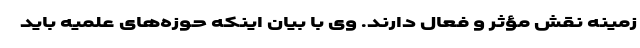
زمینه نقش مؤثر و فعال دارند. وی با بیان اینکه حوزه‌های علمیه باید